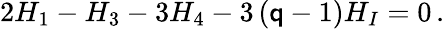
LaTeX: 2H_{1}-H_{3}-3H_{4}-3\left(\mathsf{q}-1\right)H_{I}=0\, .